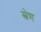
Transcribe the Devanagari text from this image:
स्त्रेण